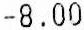
-8.00